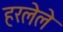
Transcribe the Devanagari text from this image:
हरलेले